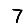
Digit: 7